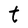
Character: t